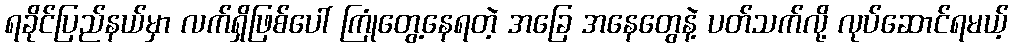
ရခိုင်ပြည်နယ်မှာ လက်ရှိဖြစ်ပေါ် ကြုံတွေ့နေရတဲ့ အခြေ အနေတွေနဲ့ ပတ်သက်လို့ လုပ်ဆောင်ရမယ့်